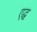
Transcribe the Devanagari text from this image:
एद्ध